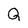
Character: Q